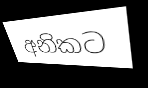
අනිකට